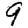
Digit: 9